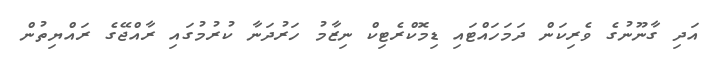
އަދި ގާނޫނުގެ ވެރިކަން ދަމަހައްޓައި ޑިމޮކްރެޓިކް ނިޒާމު ހަރުދަނާ ކުރުމުގައި ރާއްޖޭގެ ރައްޔިތުން